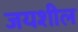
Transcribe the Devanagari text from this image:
जयशील